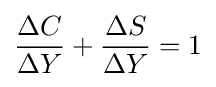
{\frac {\Delta C}{\Delta Y}}+{\frac {\Delta S}{\Delta Y}}=1